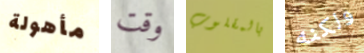
مأهولة وقت بالمقلوب ولكنه